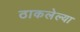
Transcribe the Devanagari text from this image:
ठाकलेल्या